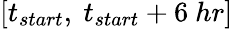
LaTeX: [t_{start},~t_{start}+6~hr]